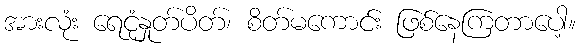
အားလုံး ရေငုံနှုတ်ပိတ်၊ စိတ်မကောင်း ဖြစ်နေကြတာပေါ့။